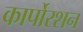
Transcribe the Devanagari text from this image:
कार्पोरशन